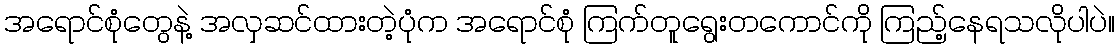
အရောင်စုံတွေနဲ့ အလှဆင်ထားတဲ့ပုံက အရောင်စုံ ကြက်တူရွေးတကောင်ကို ကြည့်နေရသလိုပါပဲ။